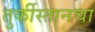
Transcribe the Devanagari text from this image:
तुर्कीस्तानचा